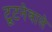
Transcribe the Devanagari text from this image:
टूटनेवाले